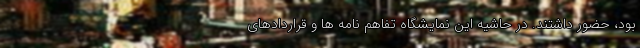
بود، حضور داشتند. در حاشیه این نمایشگاه تفاهم نامه ها و قراردادهای